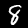
Digit: 8